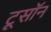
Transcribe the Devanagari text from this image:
टूसॉन